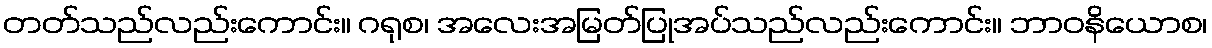
တတ်သည်လည်းကောင်း။ ဂရုစ၊ အလေးအမြတ်ပြုအပ်သည်လည်းကောင်း။ ဘာဝနိယောစ၊